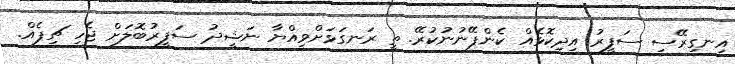
އިނގިރޭސި ސަފީރު އިދިކޮޅެއް ކެންޕޭނުނުކުރޭ. ތީ ރަނގަޅަށްވިއްޔާ ނަޝީދު ސަފީރުބޮލަށް ޖެހި ޗިޕެއް.